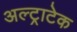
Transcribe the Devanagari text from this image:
अल्‍ट्राटेक